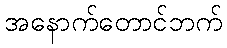
အနောက်တောင်ဘက်